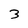
Character: 3